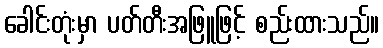
ခေါင်းတုံးမှာ ပတ်တီးအဖြူဖြင့် စည်းထားသည်။